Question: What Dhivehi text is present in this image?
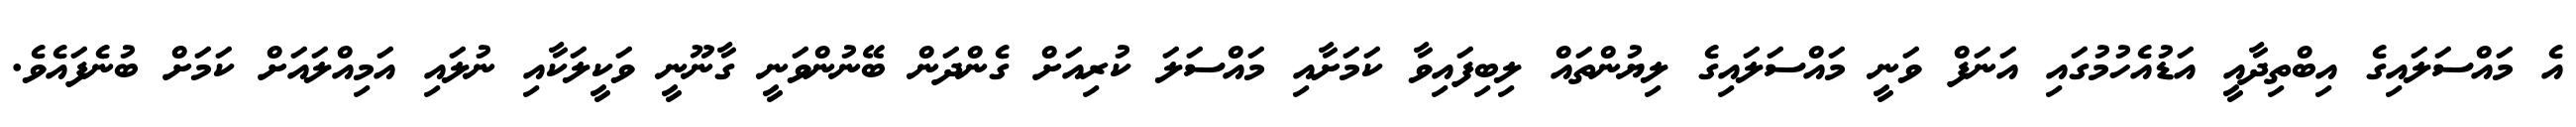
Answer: އެ މައްސަލައިގެ އިބްތިދާއީ އަޑުއެހުމުގައި އަނަފް ވަނީ މައްސަލައިގެ ލިޔުންތައް ލިބިފައިވާ ކަމަށާއި މައްސަލަ ކުރިއަށް ގެންދަން ބޭނުންވަނީ ގާނޫނީ ވަކީލަކާއި ނުލައި އަމިއްލައަށް ކަމަށް ބުނެފައެވެ.